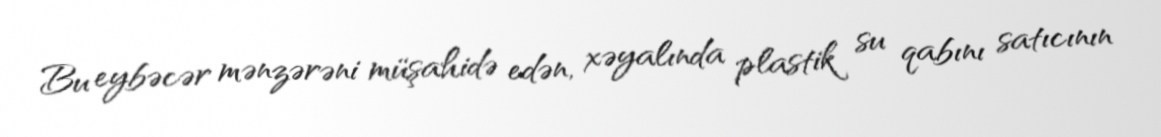
Bu eybəcər mənzərəni müşahidə edən, xəyalında plastik su qabını satıcının